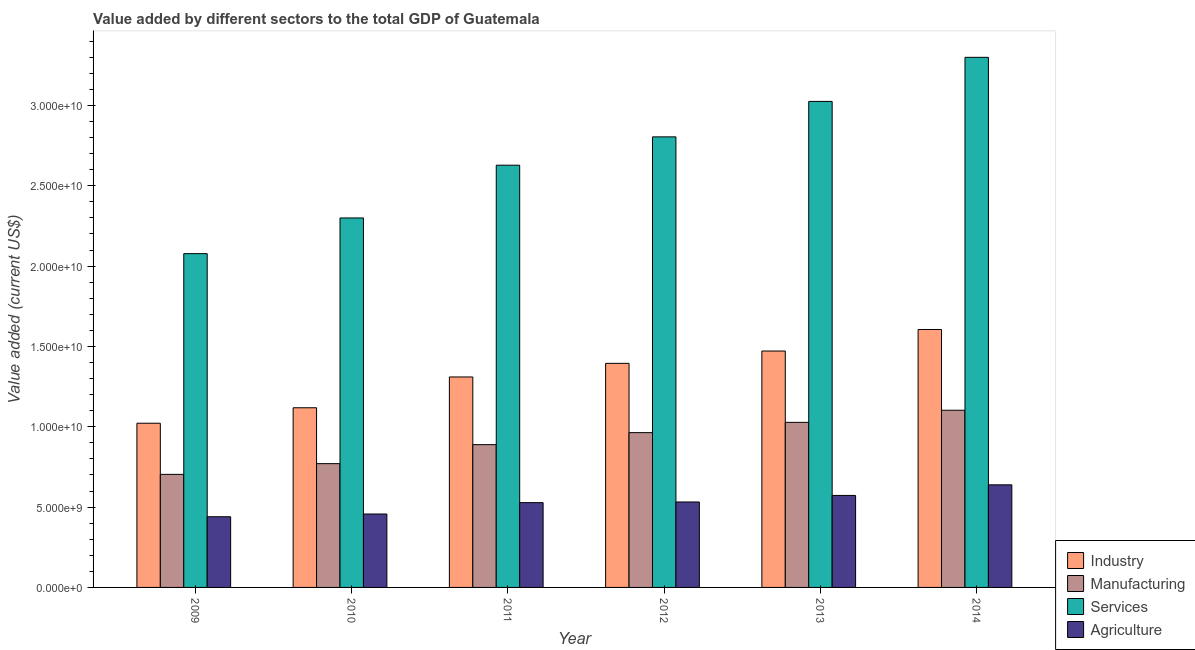
| Year | Industry | Manufacturing | Services | Agriculture |
 | --- | --- | --- | --- | --- |
 | 2009 | 1.02e+10 | 7.04e+09 | 2.08e+10 | 4.4e+09 |
 | 2010 | 1.12e+10 | 7.7e+09 | 2.3e+10 | 4.57e+09 |
 | 2011 | 1.31e+10 | 8.89e+09 | 2.63e+10 | 5.28e+09 |
 | 2012 | 1.39e+10 | 9.63e+09 | 2.8e+10 | 5.32e+09 |
 | 2013 | 1.47e+10 | 1.03e+10 | 3.02e+10 | 5.73e+09 |
 | 2014 | 1.61e+10 | 1.1e+10 | 3.3e+10 | 6.38e+09 |